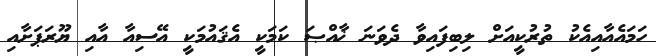
ހަމައެއާއިއެކު ތުރުކީއަށް ލިބިފައިވާ ދެވަނަ ޚާއްޞަ ކަމަކީ އެޤައުމަކީ އޭސިއާ އާއި ޔޫރަޕަށާއި